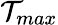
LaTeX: \mathcal{T}_{max}